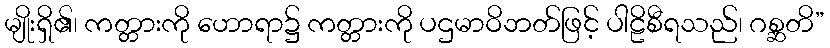
မျိုးရှိ၏၊ ကတ္တားကို ဟောရာ၌ ကတ္တားကို ပဌမာဝိဘတ်ဖြင့် ပါဠိစီရသည်၊ ဂစ္ဆတိ”